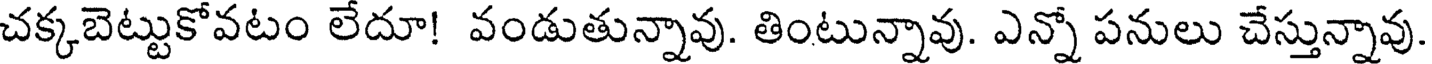
చక్కబెట్టుకోవటం లేదూ! వండుతున్నావు. తింటున్నావు. ఎన్నో పనులు చేస్తున్నావు